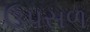
ઉપસળ